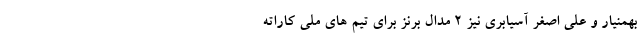
بهمنیار و علی اصغر آسیابری نیز ۲ مدال برنز برای تیم های ملی کاراته